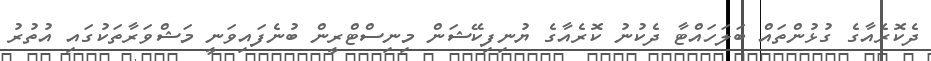
ދެކޮރެއާގެ ގުޅުންތައް ބަލަހައްޓާ ދެކުނު ކޮރެއާގެ ޔުނިފިކޭޝަން މިނިސްޓްރީން ބުނެފައިވަނީ މަޝްވަރާތަކުގައި އުތުރު